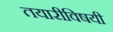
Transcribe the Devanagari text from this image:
तयारीविषयी